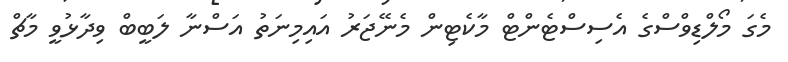
މެގަ މޯލްޑިވްސްގެ އެސިސްޓެންޓް މާކެޓިން މެނޭޖަރު އައިމިނަތު އަސްނާ ލަބީބް ވިދާޅުވީ މާޗް